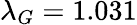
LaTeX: \lambda_{G}=1.031